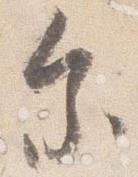
参